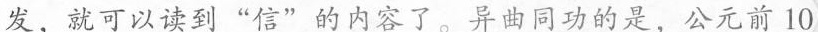
发，就可以读到”信”的内容了。\underline{异曲同功的是，公元前10}